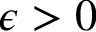
{ \epsilon > 0 }